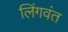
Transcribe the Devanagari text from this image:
लिंगवंत